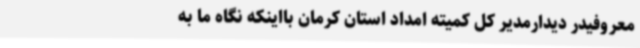
معروفیدر دیدارمدیر کل کمیته امداد استان کرمان بااینکه نگاه ما به